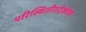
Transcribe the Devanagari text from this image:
परिस्थितीतदेखील